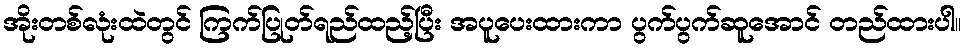
အိုးတစ်လုံးထဲတွင် ကြက်ပြုတ်ရည်ထည့်ပြီး အပူပေးထားကာ ပွက်ပွက်ဆူအောင် တည်ထားပါ။